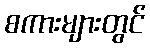
စကားများတွင်